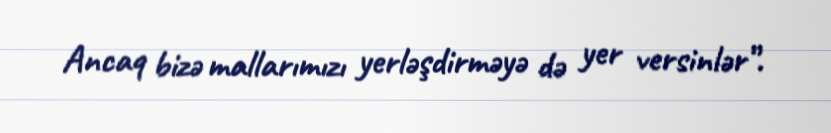
Ancaq bizə mallarımızı yerləşdirməyə də yer versinlər”.